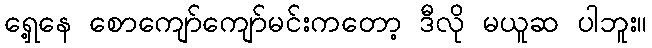
ရှေ့နေ စောကျော်ကျော်မင်းကတော့ ဒီလို မယူဆ ပါဘူး။